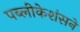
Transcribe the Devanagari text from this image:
पब्लीकेशंसने